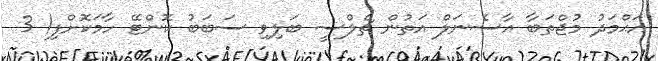
އަޙްމަދު މުޖްތަބާ އާސެނަލް އަތުން ޗެލްސީ ބަލިވި ސަބަބު ކޮންޓޭ ހާމަކޮށްފި! 3